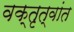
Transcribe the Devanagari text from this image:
वक्तृत्वांत